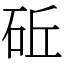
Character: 䂡